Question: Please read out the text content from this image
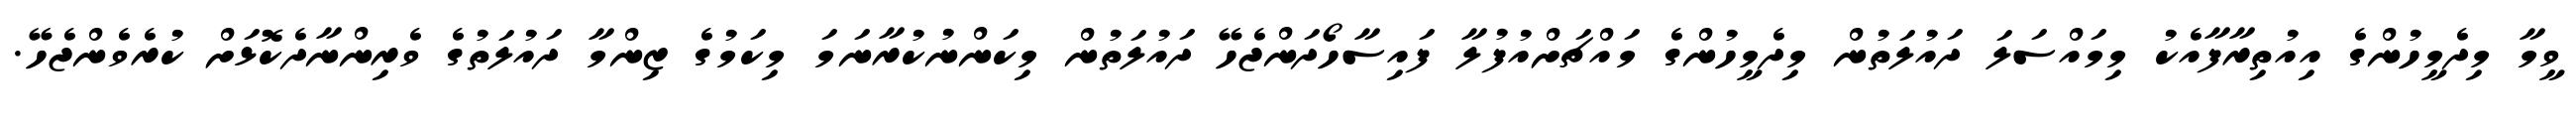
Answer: ވީމާ މިދެމީހުންގެ އިއުތިރާފާއެކު މިމައްސަލަ ދައުލަތުން މިދެމީހުންގެ މައްޗަށްއުފުލާ ފައިސާހޯދަންޖެހޭ ދައުލަތުން މިކަންނުކުރާނަމަ މިކަމުގެ ޒިންމާ ދައުލަތުގެ ވެރިންނާދެކޮޅަށް ކުރެވެންޖެހޭ.